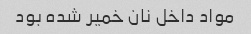
مواد داخل نان خمیر شده بود